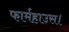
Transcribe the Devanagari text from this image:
फार्महाउस।